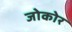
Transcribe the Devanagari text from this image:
जोकोर